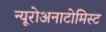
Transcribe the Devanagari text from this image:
न्यूरोअनाटोमिस्ट